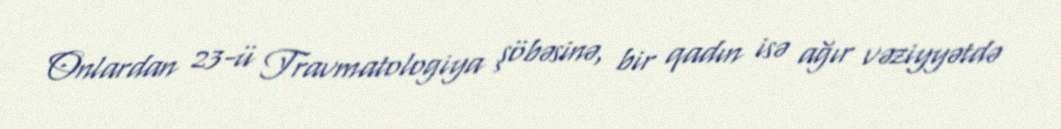
Onlardan 23-ü Travmatologiya şöbəsinə, bir qadın isə ağır vəziyyətdə